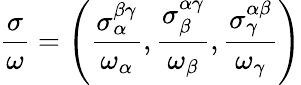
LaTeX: \frac{\sigma}{\omega}=\left(\frac{\sigma_{\alpha}^{\beta\gamma}}{\omega_{\alpha}},\frac{\sigma_{\beta}^{\alpha\gamma}}{\omega_{\beta}},\frac{\sigma_{\gamma}^{\alpha\beta}}{\omega_{\gamma}}\right)